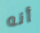
أنه